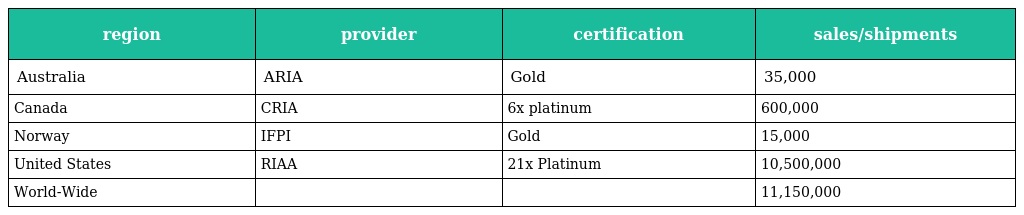
| region | provider | certification | sales/shipments |
 | --- | --- | --- | --- |
 | Australia | ARIA | Gold | 35,000 |
 | Canada | CRIA | 6x platinum | 600,000 |
 | Norway | IFPI | Gold | 15,000 |
 | United States | RIAA | 21x Platinum | 10,500,000 |
 | World-Wide |  |  | 11,150,000 |